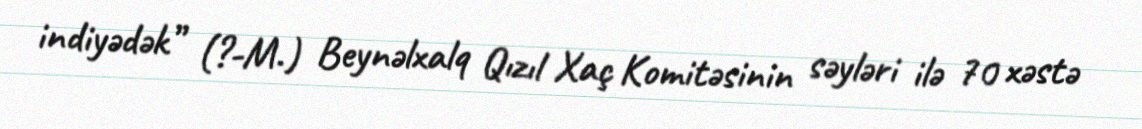
indiyədək” (?-M.) Beynəlxalq Qızıl Xaç Komitəsinin səyləri ilə 70 xəstə